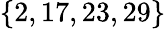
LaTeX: \lbrace 2,17,23,29\rbrace